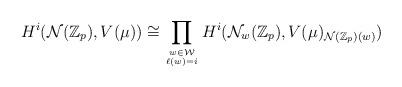
LaTeX: \begin{align*}H^i({\mathcal N}({\mathbb Z}_p),V(\mu))\cong \prod_{w\in {\mathcal W}\atop \ell(w)=i}H^i({\mathcal N}_w({\mathbb Z}_p),V(\mu)_{{\mathcal N}({\mathbb Z}_p)(w)})\end{align*}